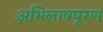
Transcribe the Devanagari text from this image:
अभिलाषपूरण